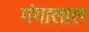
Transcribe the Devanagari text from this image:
गंगालाल